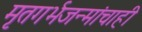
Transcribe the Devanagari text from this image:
मृतगर्भजन्मांचाही